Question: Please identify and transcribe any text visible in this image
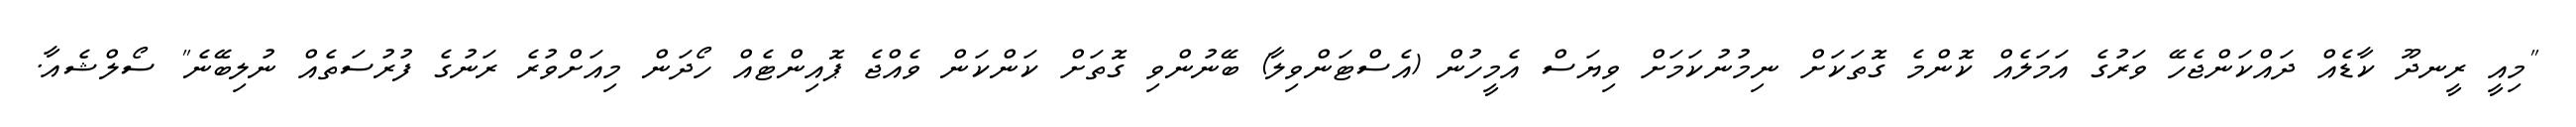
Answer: "މިއީ ރީނދޫ ކާޑެއް ދައްކަންޖެހޭ ވަރުގެ އަމަލެއް ކޮންމެ ގޮތަކަށް ނިމުނުކަމަށް ވިޔަސް އެމީހުން (އެސްޓަންވިލާ) ބޭނުންވި ގޮތަށް ކަންކަން ވެއްޖެ ޕޮއިންޓެއް ހޯދަން މިއަށްވުރެ ރަނުގެ ފުރުސަތެއް ނުލިބޭނެ" ސޯލްޝެއާ.